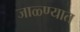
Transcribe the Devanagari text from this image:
जाळ्ण्यात